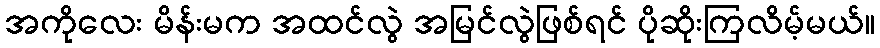
အကိုလေး မိန်းမက အထင်လွဲ အမြင်လွဲဖြစ်ရင် ပိုဆိုးကြလိမ့်မယ်။